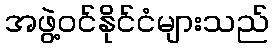
အဖွဲ့ဝင်နိုင်ငံများသည်